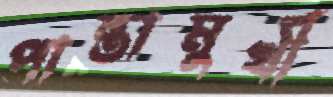
পান্তামুখী